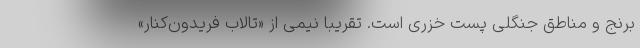
برنج و مناطق جنگلی پَست خزری است. تقریبا نیمی از «تالاب فریدون‌کنار»